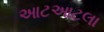
આટઆટલા